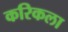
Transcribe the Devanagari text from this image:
करिकला